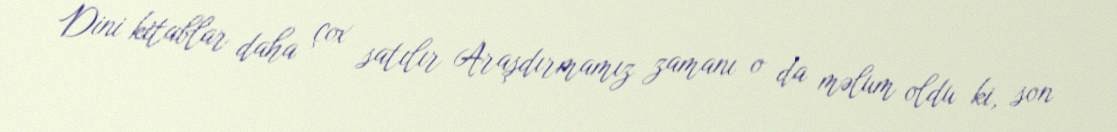
Dini kitablar daha çox satılır Araşdırmamız zamanı o da məlum oldu ki, son